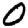
Digit: 0